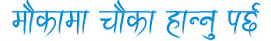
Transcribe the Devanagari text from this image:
मौकामा चौका हान्नु पर्छ